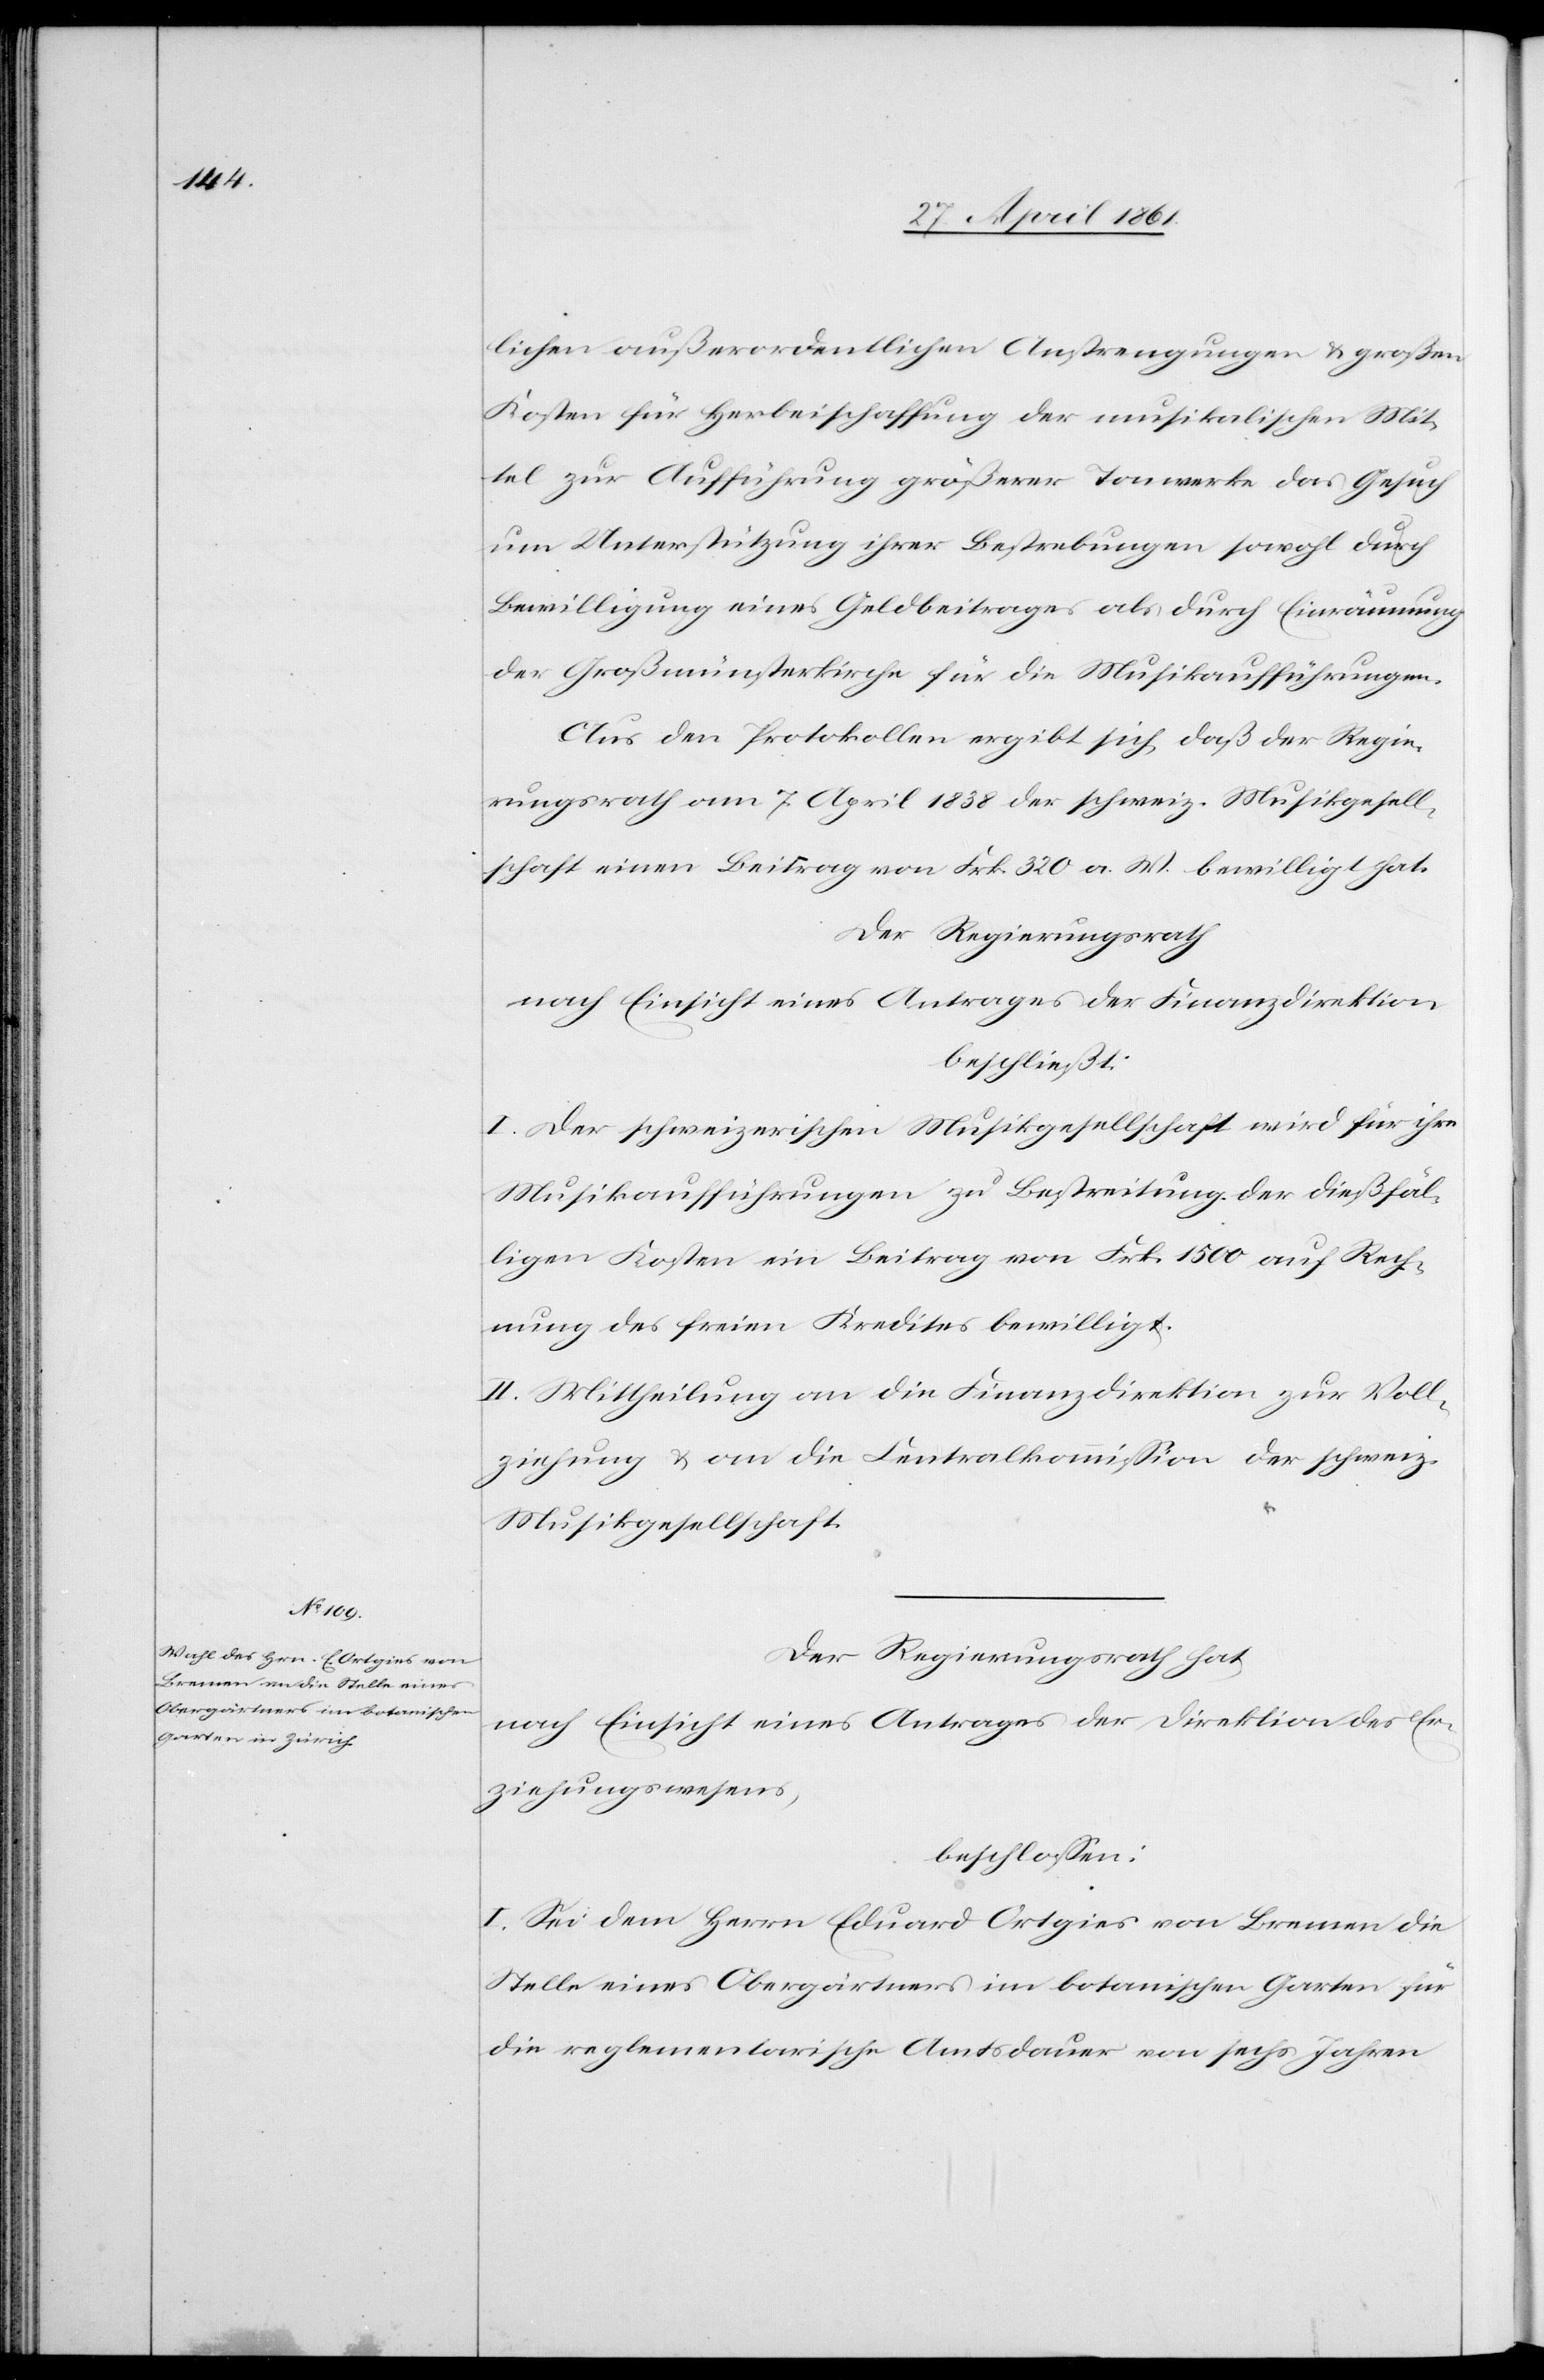
lichen außerordentlichen Anstrengungen u. großen
Kosten für Herbeischaffung der musikalischen Mit¬
tel zur Aufführung größerer Tonwerke das Gesuch
um Unterstützung ihrer Bestrebungen sowohl durch
Bewilligung eines Geldbeitrages als durch Einräumung
der Großmünsterkirche für die Musikaufführungen.
Aus den Protokollen ergibt sich, daß der Regie¬
rungsrath am 7. April 1838 der schweiz. Musikgesell¬
schaft einen Beitrag von Frk. 320 a. W. bewilligt hat.
Der Regierungsrath
nach Einsicht eines Antrages der Finanzdirektion
beschließt:
I. Der schweizerischen Musikgesellschaft wird für ihre
Musikaufführungen zu Bestreitung der dießfäl¬
ligen Kosten ein Beitrag von Frk. 1500 auf Rech¬
nung des freien Kredites bewilligt.
II. Mittheilung an die Finanzdirektion zur Voll¬
ziehung u. an die Centralkommission der schweiz.
Musikgesellschaft.
Der Regierungsrath hat
nach Einsicht eines Antrages der Direktion des Er¬
ziehungswesens,
beschlossen:
I. Sei dem Herrn Eduard Ortgies von Bremen die
Stelle eines Obergärtners im botanischen Garten für
die reglementarische Amtsdauer von sechs Jahren